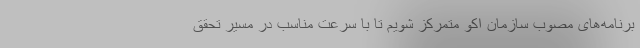
برنامه‌های مصوب سازمان اکو متمرکز شویم تا با سرعت مناسب در مسیر تحقق